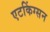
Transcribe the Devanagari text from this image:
एटकिंग्सन